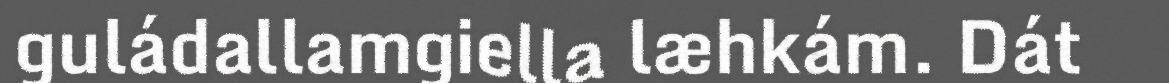
guládallamgiella læhkám. Dát